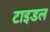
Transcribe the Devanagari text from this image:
टाइडल